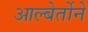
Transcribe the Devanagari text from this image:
आल्बेर्तोने